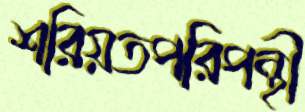
শরিয়তপরিপন্থী